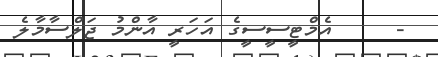
-     އެމްޓީސީސީގެ އަހަރީ އާންމު ޖަލްސާމާލެ